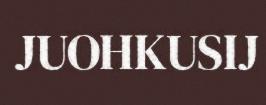
JUOHKUSIJ